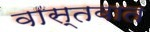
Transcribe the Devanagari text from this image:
वास्‍तवात